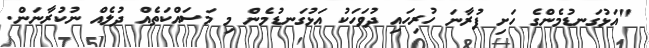
"އަޅުގަނޑުމެންގެ ހަށި ފުރާނަ ހުރިހައި ދުވަހަކު އަޅުގަނޑުމެން މި މަސައްކަތެއް ދުލެއް ނުކުރާނަން.